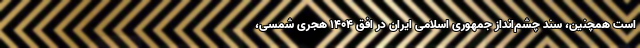
است همچنین، سند چشم‌انداز جمهوری اسلامی ایران در افق ۱۴۰۴ هجری شمسی،